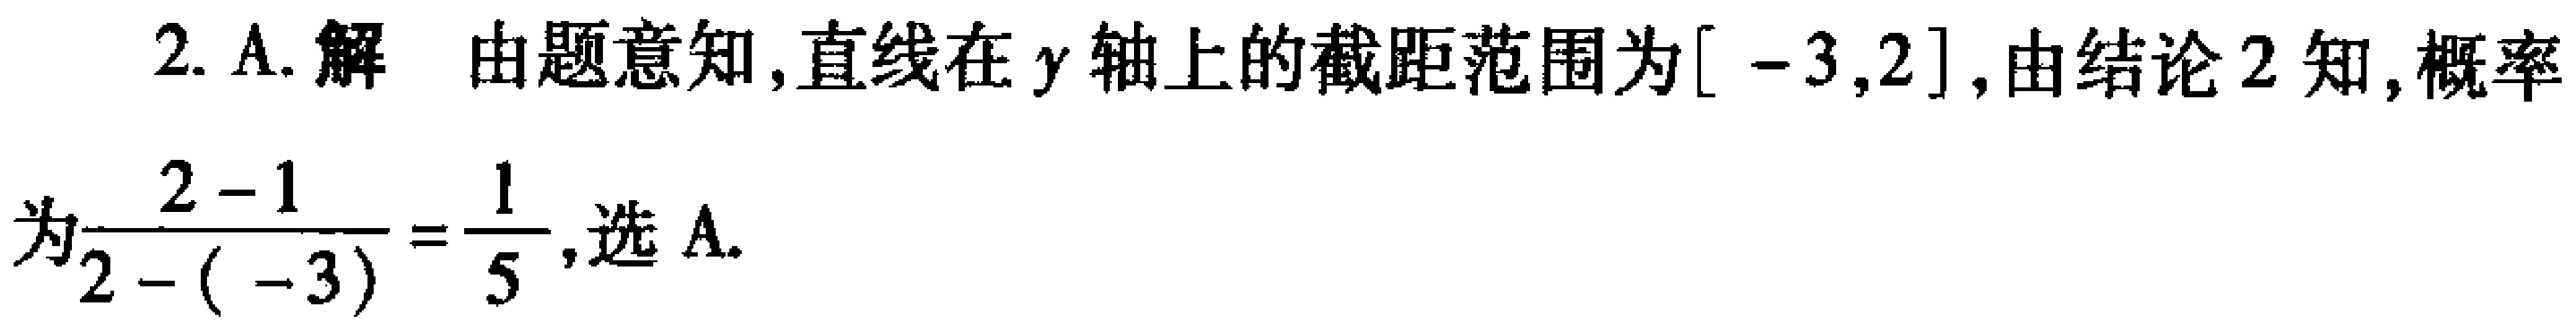
2. A. 解 由题意知,直线在 \(y\) 轴上的截距范围为\([ - 3,2]\),由结论 2 知,概率为\(\frac{2 - 1}{2 - ( - 3)}=\frac{1}{5}\),选 A.